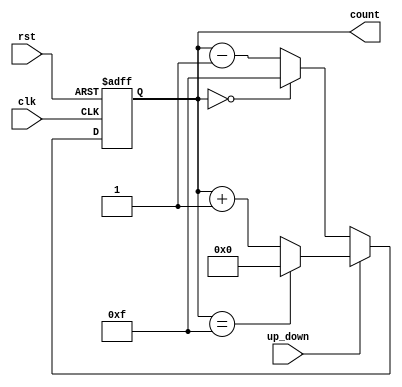
module up_down_counter (
    input wire clk,         // Clock input
    input wire rst,         // Asynchronous reset input
    input wire up_down,     // Up/Down control signal
    output reg [N-1:0] count // Current count output
);
    parameter N = 4; // Width of the counter (number of bits)

    // Synchronous process for counting
    always @(posedge clk or posedge rst) begin
        if (rst) begin
            count <= 0; // Reset the counter
        end else begin
            if (up_down) begin
                // Count up
                if (count == (2**N) - 1) begin
                    count <= 0; // Wrap around to zero
                end else begin
                    count <= count + 1; // Increment count
                end
            end else begin
                // Count down
                if (count == 0) begin
                    count <= (2**N) - 1; // Wrap around to max value
                end else begin
                    count <= count - 1; // Decrement count
                end
            end
        end
    end
endmodule